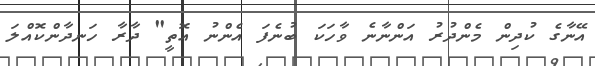
އޭނާގެ ކުދިން މެންދުރު އަންނާނެ ވާހަކަ ބުނެފަ އެންނު އޮތީ" ދާރާ ހަނދާންކޮއްލަ